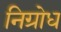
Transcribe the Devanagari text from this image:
निग्रोध